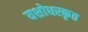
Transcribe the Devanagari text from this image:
यशोधरकृत